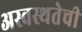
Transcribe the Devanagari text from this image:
अस्वस्थतेची